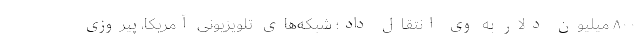
۸۰۰ میلیون دلار به وی انتقال داد؛ شبکه‌های تلویزیونی آمریکا، پیروزی